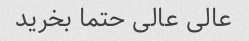
عالی عالی حتما بخرید